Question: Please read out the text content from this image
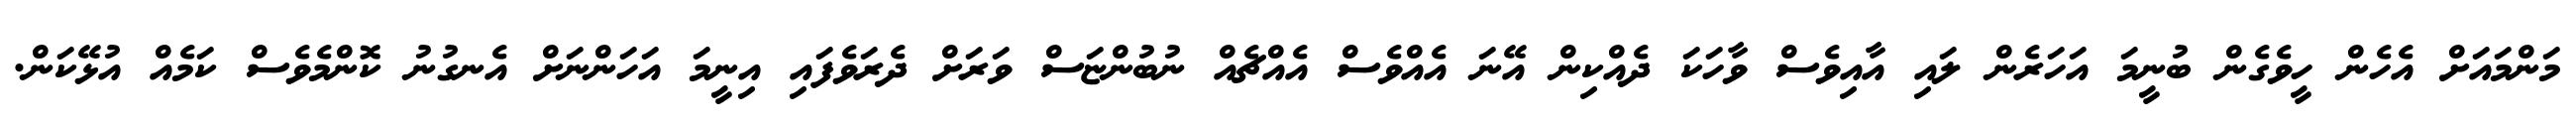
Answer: މަންމައަށް އެހެން ހީވެގެން ބުނީމަ އަހަރެން ލައި އާއިވެސް ވާހަކަ ދެއްކިން އޭނަ އެއްވެސް އެއްޗެއް ނުބުންޏަސް ވަރަށް ދެރަވެފައި އިނީމަ އަހަންނަށް އެނގުނު ކޮންމެވެސް ކަމެއް އުޅޭކަން.